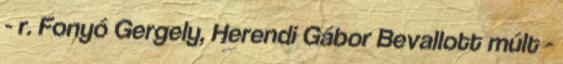
- r. Fonyó Gergely, Herendi Gábor Bevallott múlt -